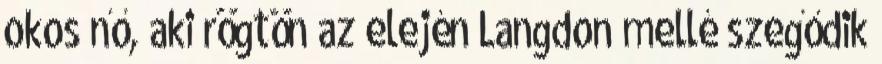
okos nő, aki rögtön az elején Langdon mellé szegődik